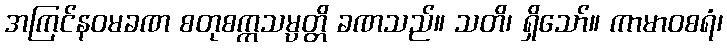
အကြင်နဝမခဏ စတုစက္ကသမ္ပတ္တိ ခဏသည်။ သတိ၊ ရှိသော်။ ကာမာဝစရံ၊